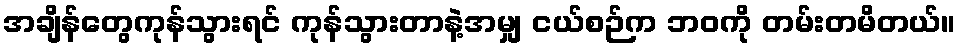
အချိန်တွေကုန်သွားရင် ကုန်သွားတာနဲ့အမျှ ငယ်စဉ်က ဘဝကို တမ်းတမိတယ်။